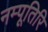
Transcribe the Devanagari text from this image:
नम्पूतिरि